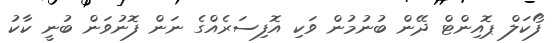
ފޯކަލް ޕޮއިންޓް ދޭން ބުނުމުން ވަކި އޮފިސަރެއްގެ ނަން ފޮނުވަން ބުނީ ކާކު